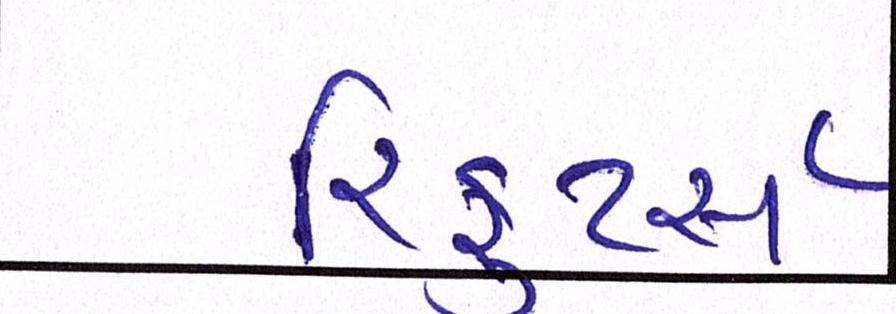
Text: રિક્રુટર્સે